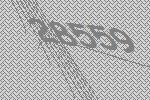
28559